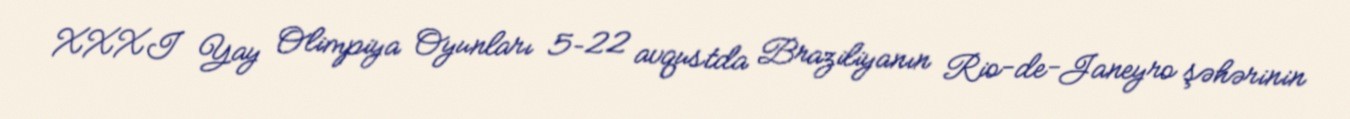
XXXI Yay Olimpiya Oyunları 5–22 avqustda Braziliyanın Rio-de-Janeyro şəhərinin